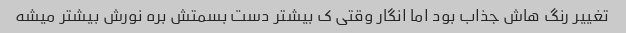
تغییر رنگ هاش جذاب بود اما انگار وقتی ک بیشتر دست بسمتش بره نورش بیشتر میشه